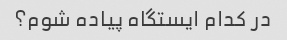
در کدام ایستگاه پیاده شوم؟